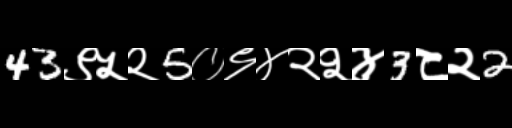
Text: 43९५२5०९४२२४3८२2